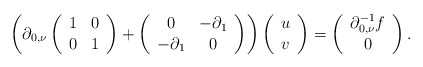
\begin{align*}\left(\partial_{0,\nu}\left(\begin{array}{cc}1 & 0\\0 & 1\end{array}\right)+\left(\begin{array}{cc}0 & -\partial_{1}\\-\partial_{1} & 0\end{array}\right)\right)\left(\begin{array}{c}u\\v\end{array}\right)=\left(\begin{array}{c}\partial_{0,\nu}^{-1}f\\0\end{array}\right).\end{align*}